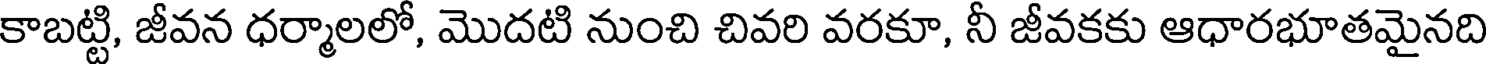
కాబట్టి, జీవన ధర్మాలలో, మొదటి నుంచి చివరి వరకూ, నీ జీవకకు ఆధారభూతమైనది